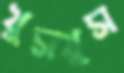
খুসখুস